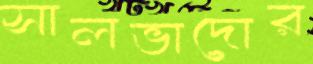
সালভাদোর